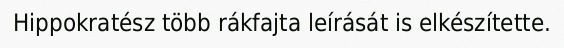
Hippokratész több rákfajta leírását is elkészítette.